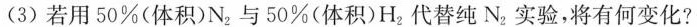
(3)若用50%(体积)N_{2}与50%(体积)H_{2}代替纯N，实验，将有何变化?